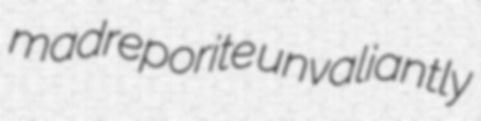
madreporite unvaliantly